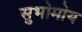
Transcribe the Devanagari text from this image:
सुभोमोय